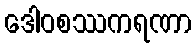
ဒေါဝစဿကရဏာ